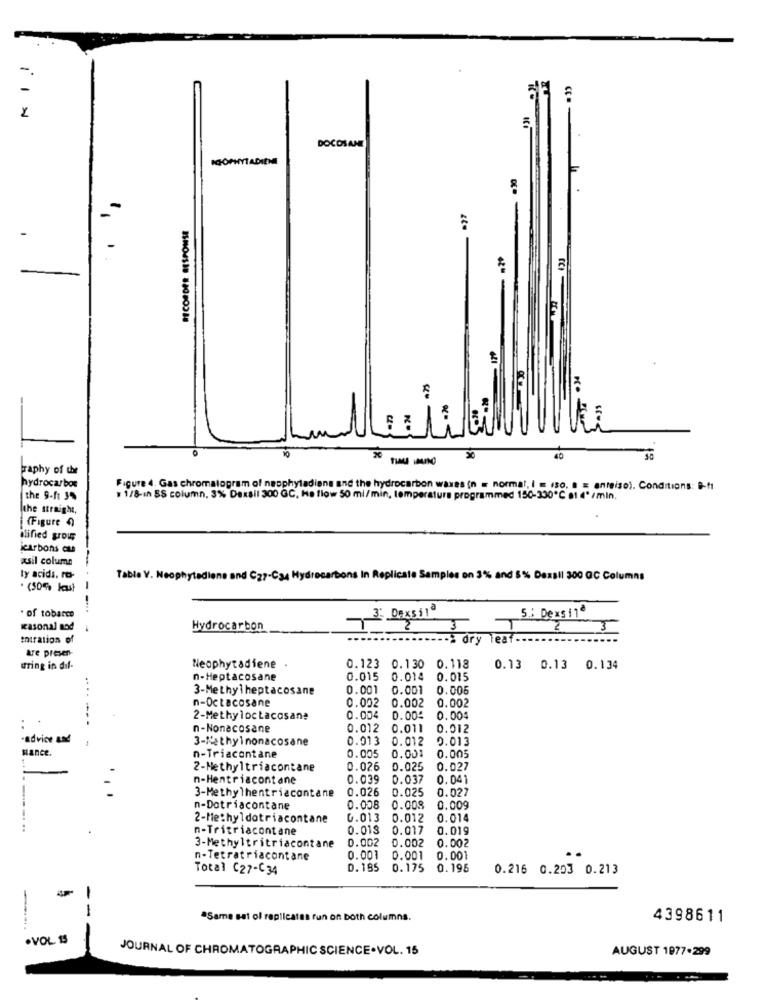
DOCOSANE
ICHOPHNYTADIENE
sr-
x
graphy of the
hydrocarbon
Figure 4. Gas chromatogram of neophytadiens and the hydrocarbon waxes (n = normal, i = (30, a = anteiso). Conditions: B-ft
the 9-f1 J
# 1/8-ın SS column, 3% Dexsil 300 GC, Ha flow 50 ml/min, temperatura programmed 150-330℃ et d'/min.
the straight,
(Figure 4)
ilified grou
jcarbons cse
Asil column
ty acids. ro-
Table V. Neophytediene and C27-C34 Hydrocarbons In Replicate Samples on 3% and 5% Dexsil 300 QC Columns
. (50% kus)
. of tobacco
: Dex5.11
5 .: Dexs 11
seasonal Bod
Hydrocarbon
2.
thiration of
dry leaf ..
are presen-
uring in dif-
Neophytadiene
0.123 0.130 0.118
0.13 0.13 0.134
n-Heptacosane
0.015 0.014
0.015
3-Methylheptacosane
0.001
0.001 0.006
n-Octacosane
0.002 0.002 0.002
2-Methyloctacosane
0.004
0.004 0.004
..
------
n-Nonacosane
0.012 0.011 0.012
-advice and
3-Methylnonacosane
0.013 0.012 0.013
Hance
n-Triacontane
0.005 0.00: 0.005
2-Methyltriacontane
0.026
0.025 0.027
n-Hentriacontane
0.039
0.037
0.041
3-Methylhentriacontane
0.026
0.025 0.027
n-Dotriacontane
0.008
0.008
0.009
2-Methyldotriacontane
0.013
0.012
0.014
n-Tritriacontane
0.013
0.017 0.019
3-Methyltritriacontane
0.002 0.002 0.002
n-Tetratriacontane
0.001
0.001 0.001
Total C27-C34
D. 185
0.175
0.195
0.216 0.203 0.213
-
-
ªSame sat ol replicates run on both columns.
4398611
.VOL. 15
JOURNAL OF CHROMATOGRAPHIC SCIENCE .VOL. 15
AUGUST 1977-299